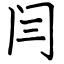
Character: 闫